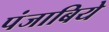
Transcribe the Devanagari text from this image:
पंजाबिये